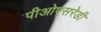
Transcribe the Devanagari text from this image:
पीओएसरेडी